Eesti_Rahvusfond, lk 72
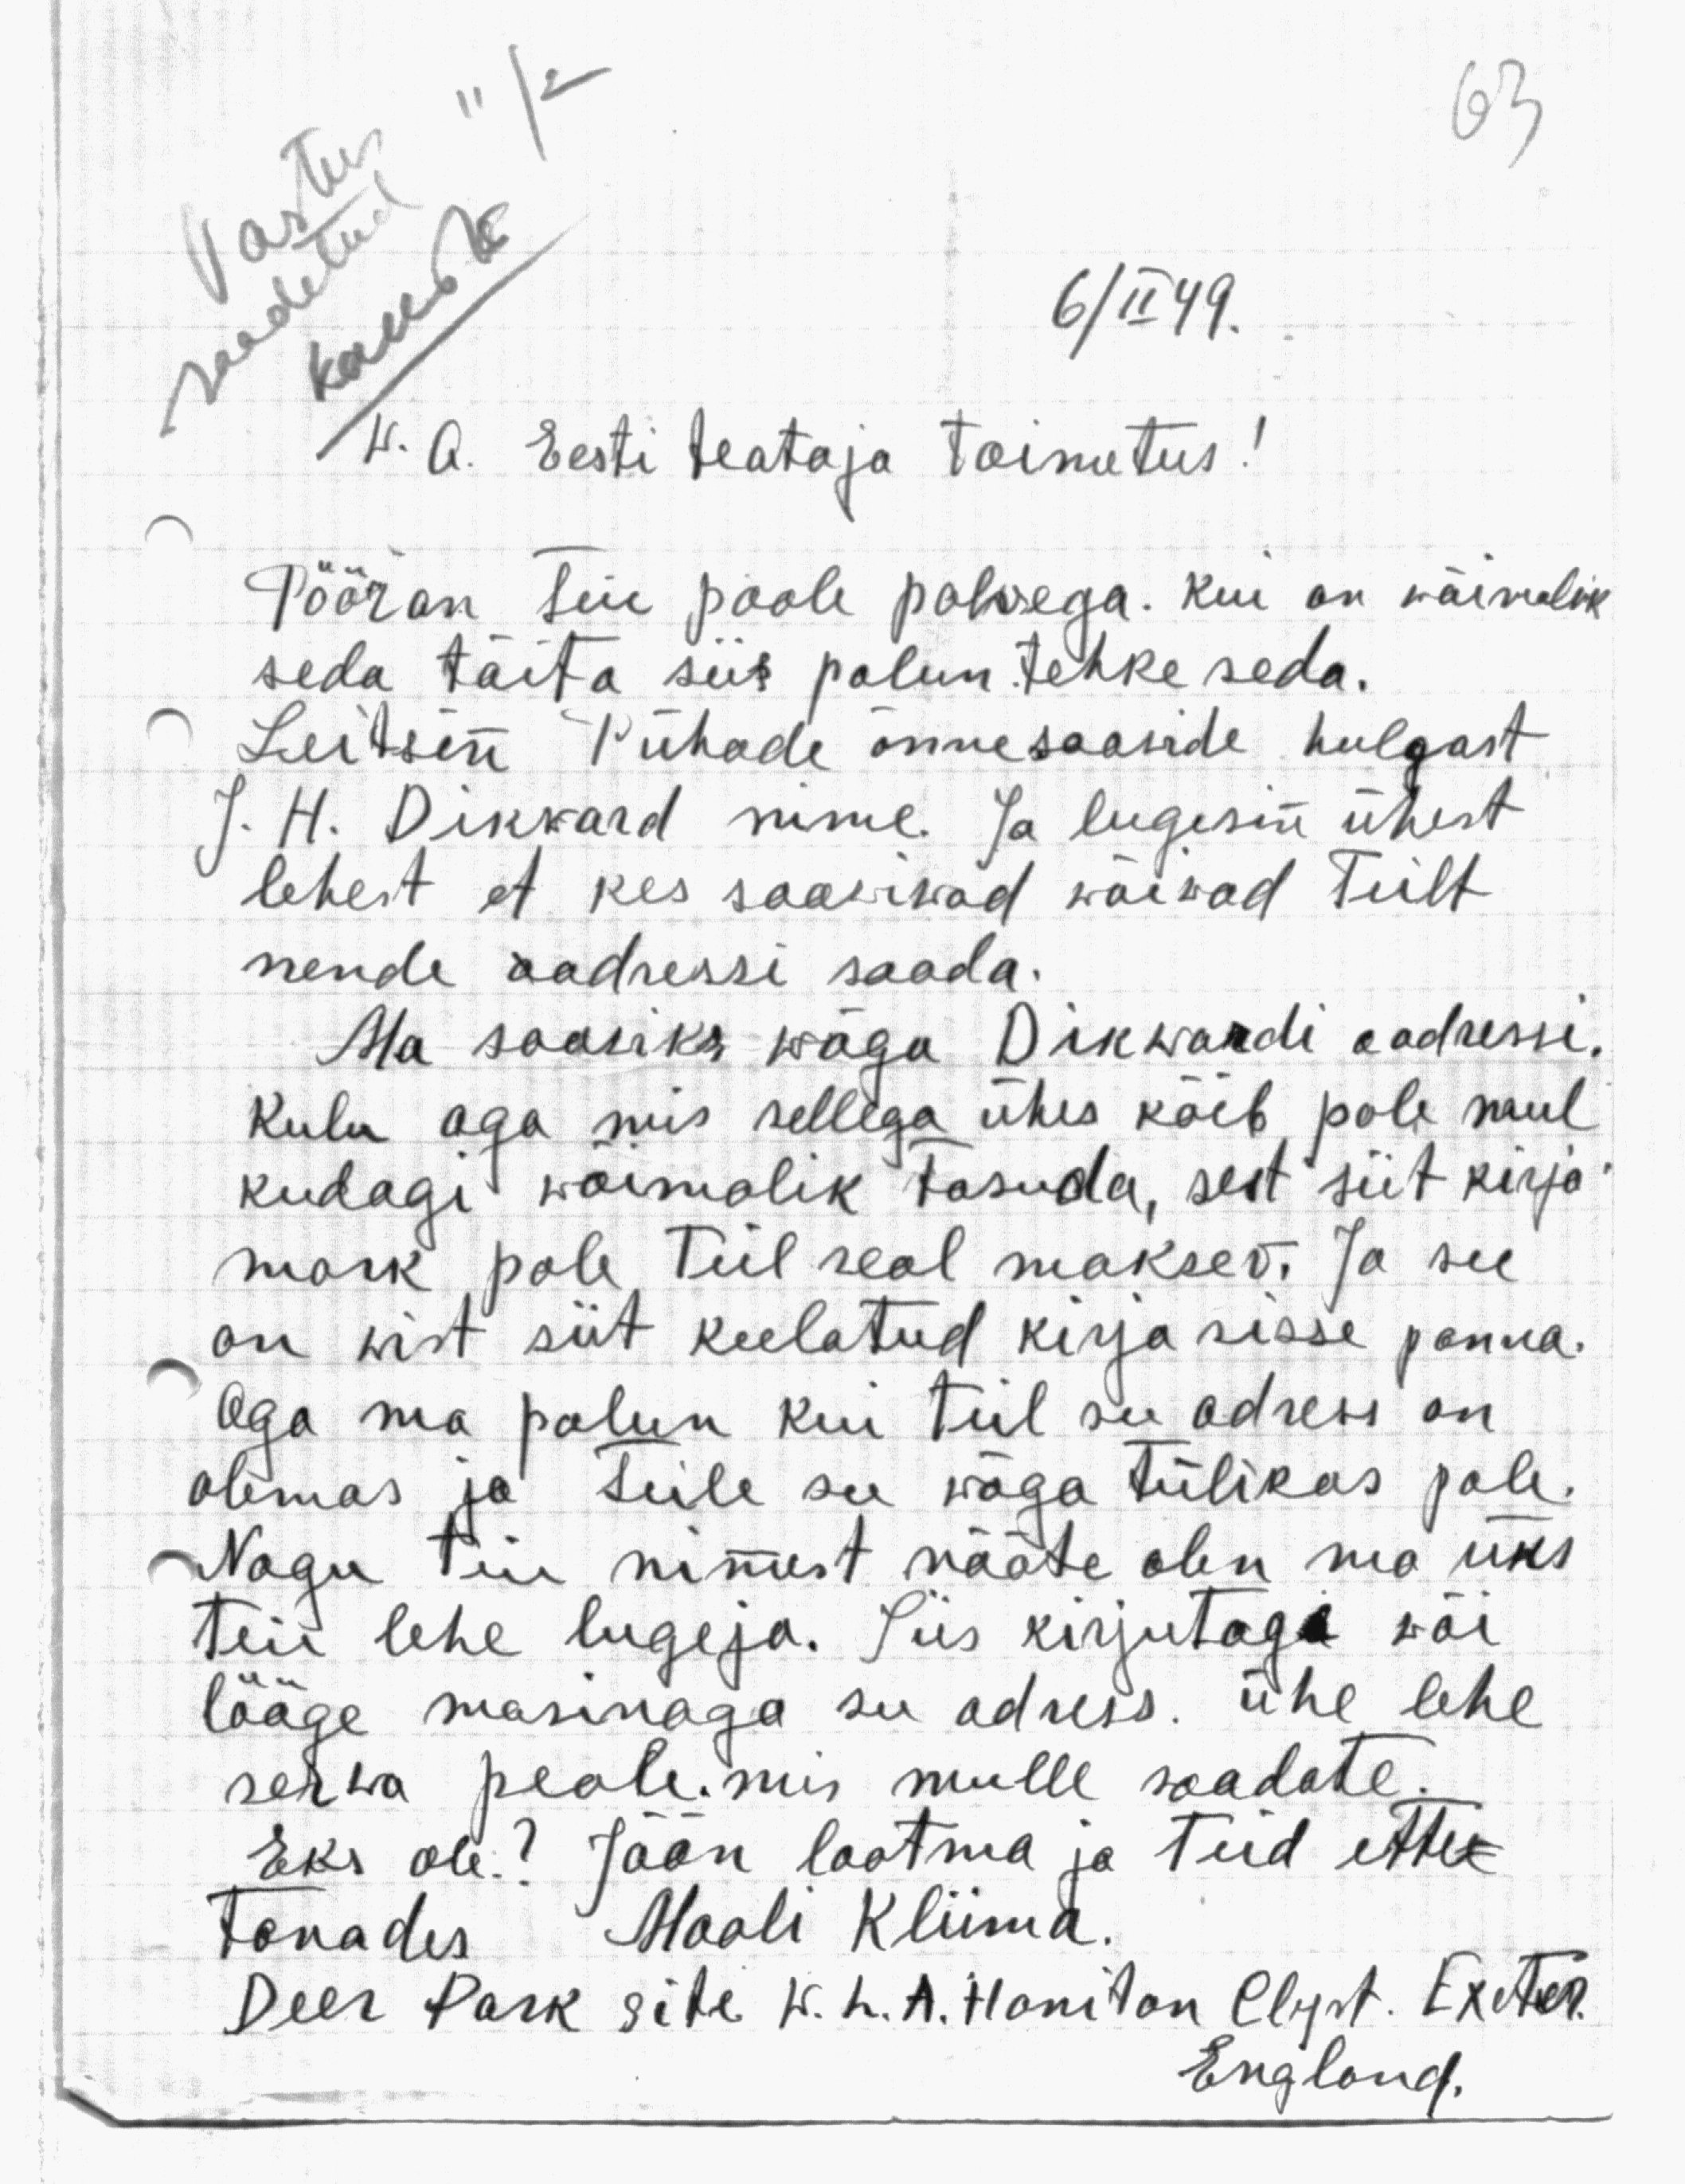
11/2
Vastus
kaust
6/II 49.
saadetud
W. A. Eesti teataja toimetus!
Pööran Teie poole palvega. Kui on wõimalik
seda täita siis palun tehke seda.
Leitsin Pühade õnnesoowide hulgast
J. H. Dikkard nime. Ja lugesin ühest
lehest et kes soowiwad wõiwad teilt
nende aadressi saada.
Ma sooviks wäga Dikwardi aadressi.
Kulu aga mis sellega ühes käib pole mul
kudagi wõimalik tasuda, sest siit kirja-
mark pole teil seal maksev. Ja see
on wist siit keelatud kirja sisse panna.
Aga ma palun kui teil see adress on,
olemas ja Teile see wäga tülikas pole.
Nagu Teie nimest nääte olen ma üks
teie lehe lugeja. Siis kirjutage wõi
lööge masinaga see adress. ühe lehe
serwa peale, mis mulle saadate.
Eks ole? Jään lootma ja Teid ette-
tänades Maali Kliima.
Deer Park side W. L. A. Haniton Clyst. Excter.
England.